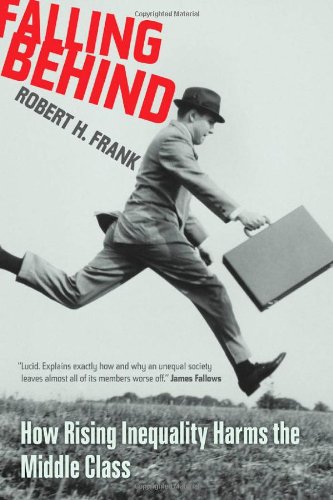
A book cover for Falling Behind: How Rising Inequality Harms the Middle Class (Wildavsky Forum Series); Robert H. Frank; Business & Money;